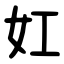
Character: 妅